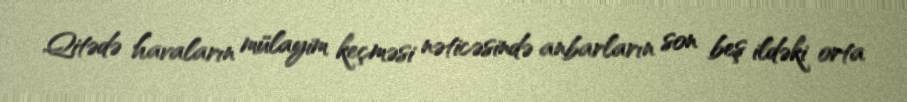
Qitədə havaların mülayim keçməsi nəticəsində anbarların son beş ildəki orta